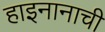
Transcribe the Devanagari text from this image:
हाइनानाची